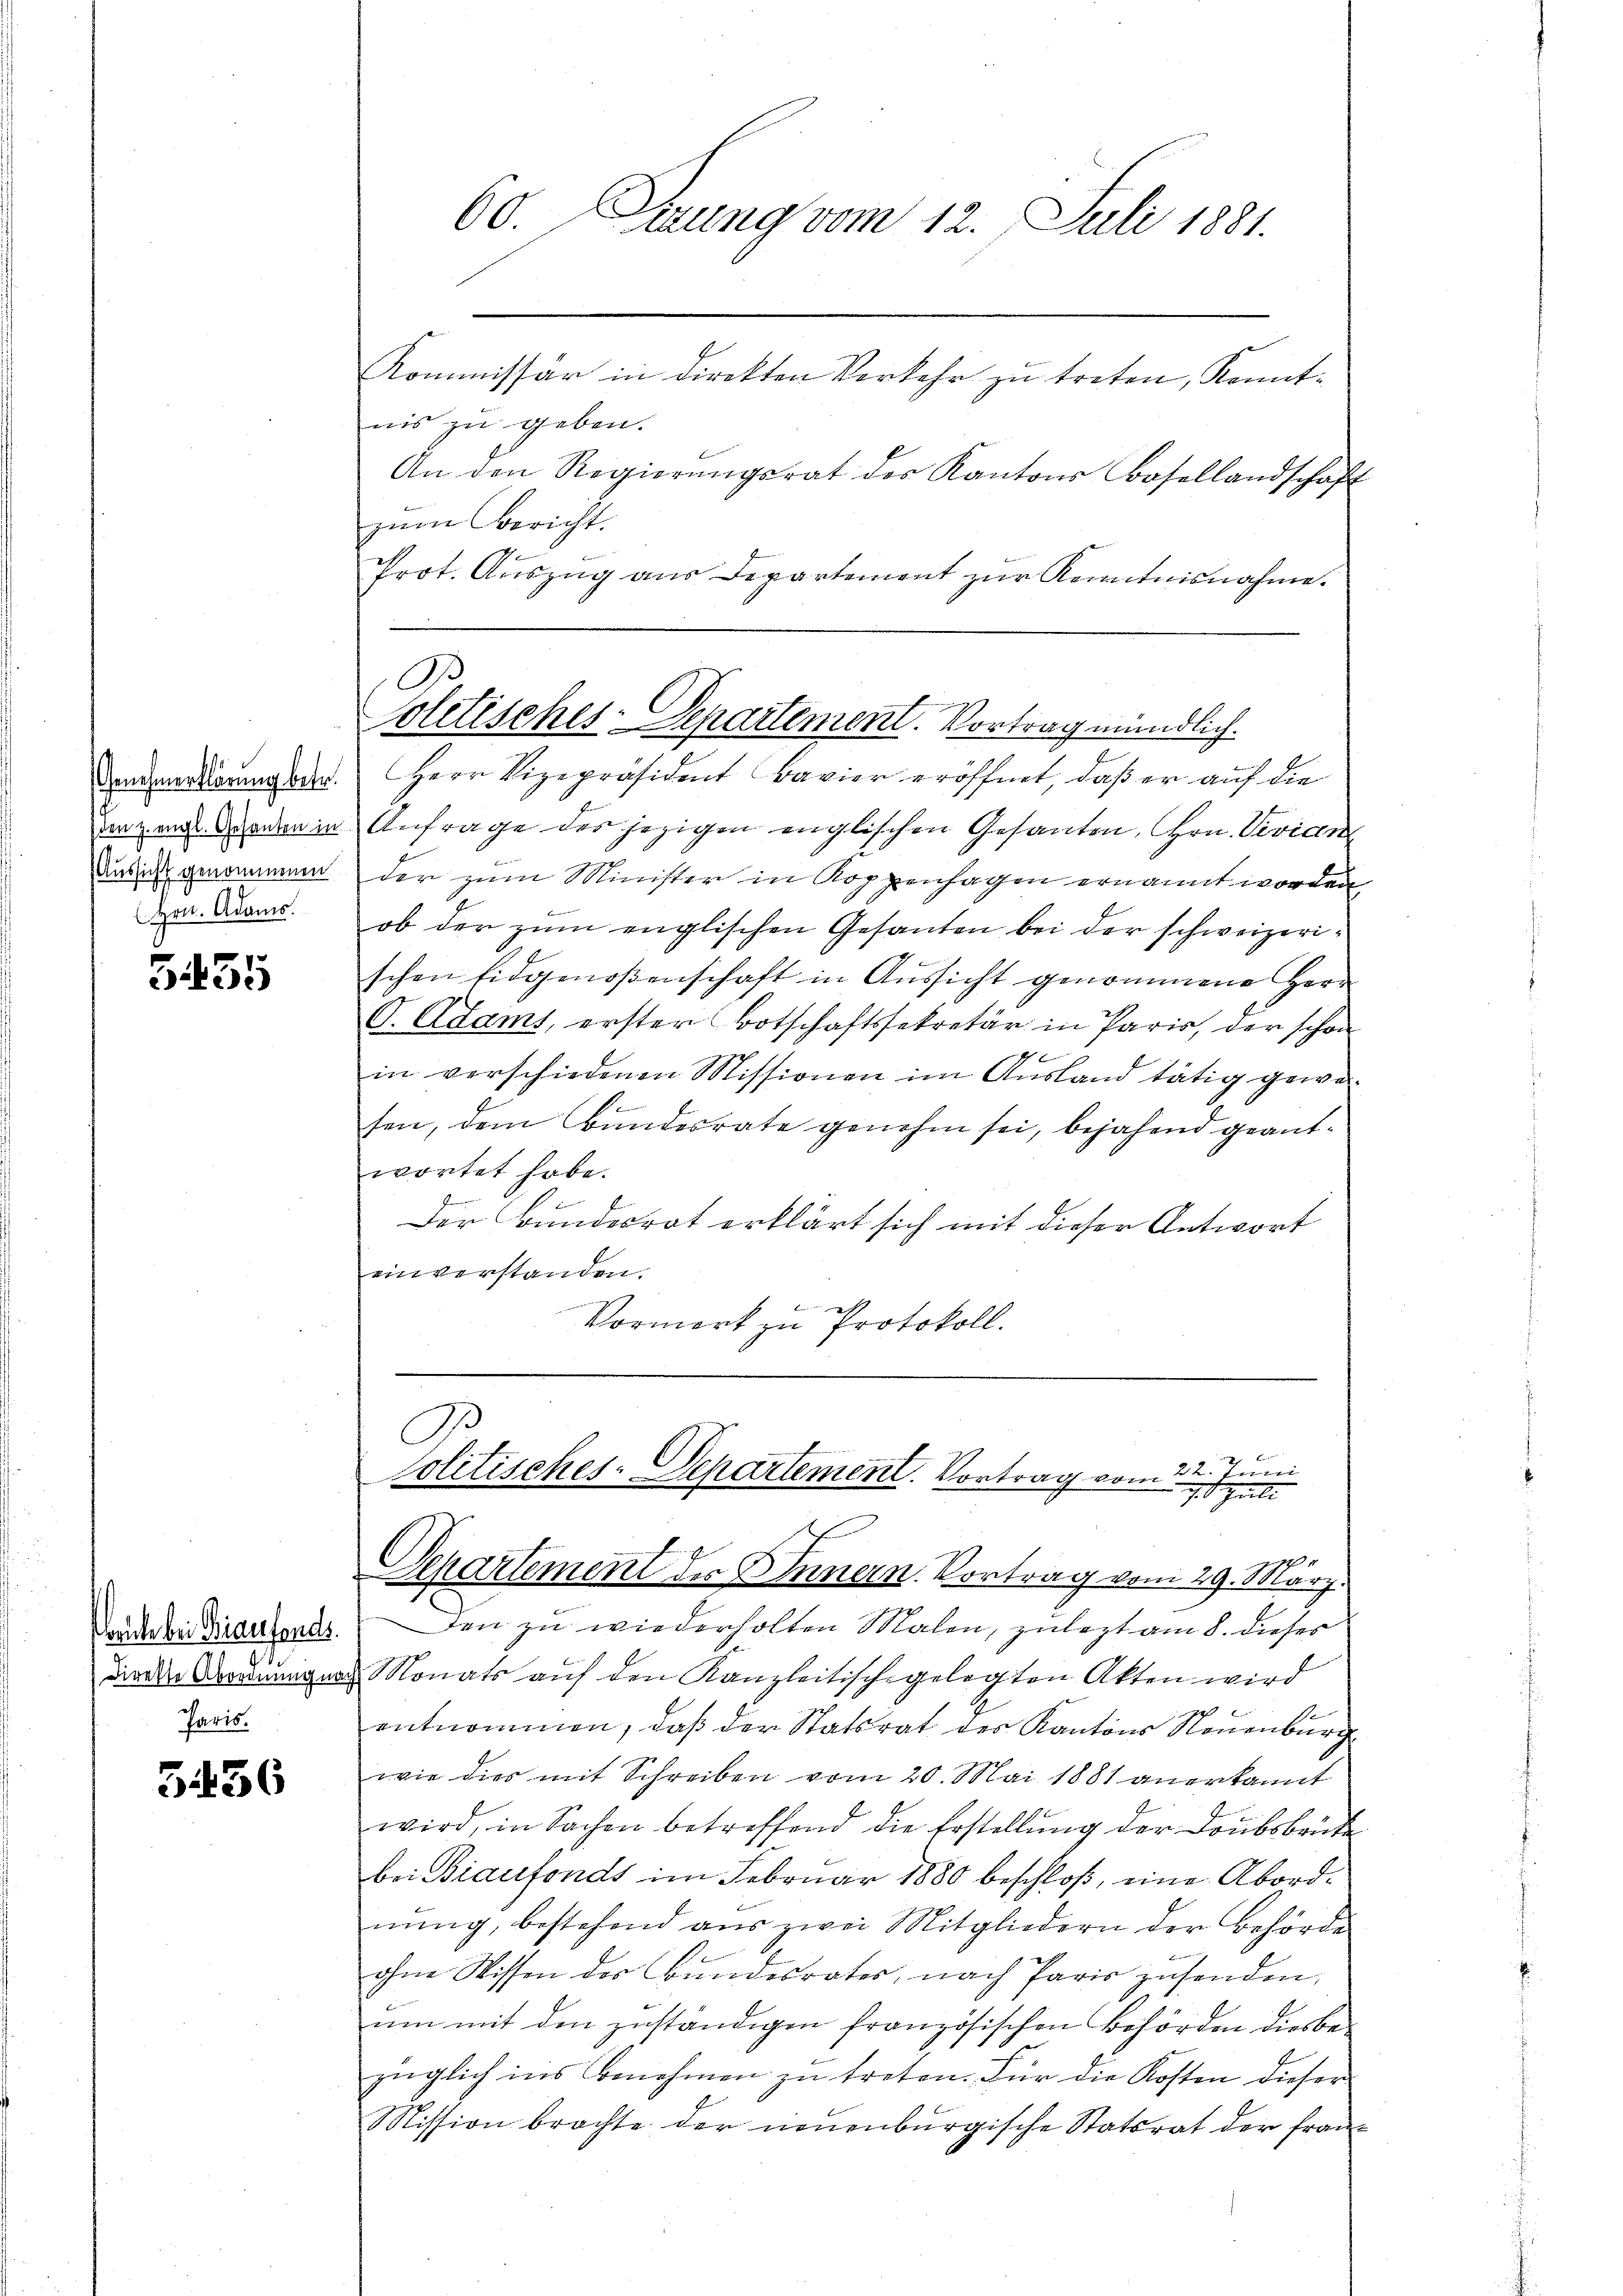
Genehmerklärung betr.
den z. engl. Gesanten in
Aussicht genommenen
(Hrn. Adams.

3455

Corute bei Biaufonds.
Paris.

3436

60. Einung vom 12. Juli 1881.

Kommissär in direkten Verkehr zu treten, Kenntnis zu geben.
An den Regierŭngsrat des Kantons Basellandschaft
zum Bericht.
Prot. Auszug aus Departement zur Kenntnisnahme.
Herr Vizepräsident Bavier eröffnet, daß er auf die
Anfrage des jezigen englischen Gesanten, Hrn. Vevian
der zum Minister in Koppenhagen ernannt worden,
ob der zum englischen Gesanten bei der schweizerischen Eidgenoßenschaft in Aussicht genommene Herr
V. Adams, erster Botschaftssekretär in Paris, der schon
h
in verschiedenen Missionen im Ausland tätig gewes
sen, dem Bandesrate genehm sei, bejahend geantwortet habe.
Der Bundesrat erklärt sich mit dieser Antwort
einverstanden.
Vormerk zu Protokoll.
C
Politisches-Departement. Vortrag vom 22. Juni
7. Juli
J
p
Separtement der Dinnern. Vortrag vom 29. März.
Den zu wiederholten Malen, zulezt am 8. dieses
diere Ordnungen Monats auf den Kanzleitischgelegten Akten wird
entnommen, daβ der Statsrat des Kantons Neuenburg
wie dies mit Schreiben vom 20. Mai 1881 anerkannt
wird, in Sachen betreffend die Erstellŭng der Doubsbruke
bei Biaufonds im Februar 1880 beschloß, eine Abordnung, bestehend aus zwei Mitgliedern der Behörde
ohne Wissen der Bundesrates, nach Paris zusenden,
um mit den zuständigen französischen Behörden diesbezüglich ins Benehmen zu treten. Für die Kosten dieser
Mission brachte der neuenburgische Statsrat der fran-

B
oletisches-Departement. Vortrag mündlich.

.